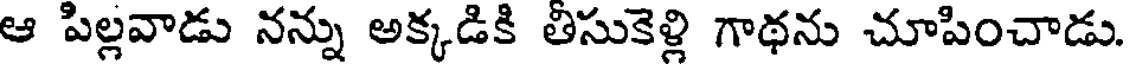
ఆ పిల్లవాడు నన్ను అక్కడికి తీసుకెళ్లి గాథను చూపించాడు